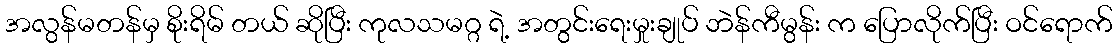
အလွန်မတန်မှ စိုးရိမ် တယ် ဆိုပြီး ကုလသမဂ္ဂ ရဲ့ အတွင်းရေးမှုးချုပ် ဘဲန်ကီမွန်း က ပြောလိုက်ပြီး ဝင်ရောက်